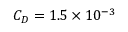
C _ { D } = 1 . 5 \times 1 0 ^ { - 3 }